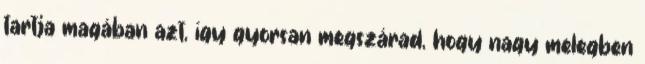
tartja magában azt, így gyorsan megszárad, hogy nagy melegben